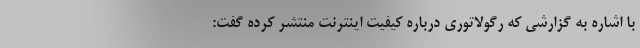
با اشاره به گزارشی که رگولاتوری درباره کیفیت اینترنت منتشر کرده گفت: